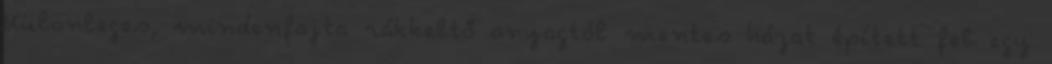
Különleges, mindenfajta rákkeltő anyagtól mentes házat épített fel egy